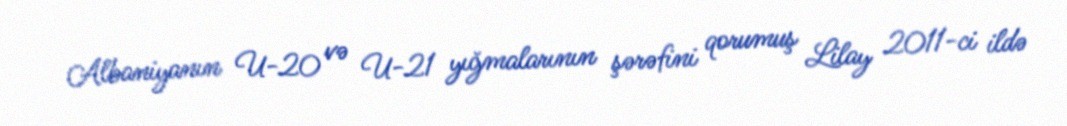
Albaniyanın U-20 və U-21 yığmalarının şərəfini qorumuş Lilay 2011-ci ildə